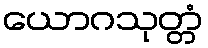
ယောဂသုတ္တံ